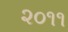
૨૦૧૧